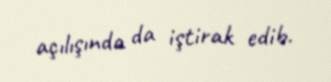
açılışında da iştirak edib.